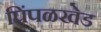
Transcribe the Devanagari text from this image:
पिंपळखेड